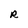
Character: R